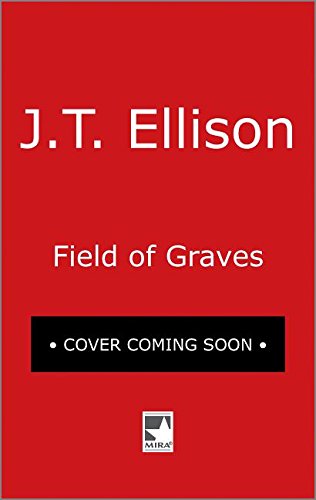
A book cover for Field of Graves (A Samantha Owens Novel); J.T. Ellison; Mystery, Thriller & Suspense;